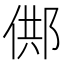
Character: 䣏